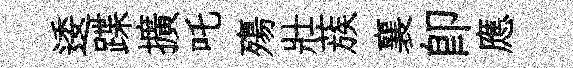
逶蹀擴吒殤壯蔟襄即應